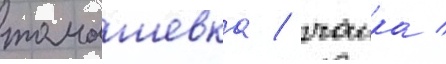
томашевка / чаика /